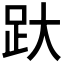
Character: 𰸂